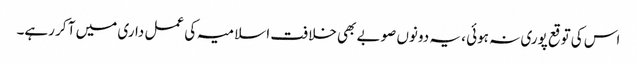
اس کی توقع پوری نہ ہوئی ، یہ دونوں صوبے بھی خلافت اسلامیہ کی عمل داری میں آ کر رہے۔